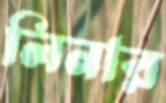
লিনার